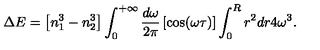
\Delta E = \left[ n _ { 1 } ^ { 3 } - n _ { 2 } ^ { 3 } \right] \int _ { 0 } ^ { + \infty } { \frac { d \omega } { 2 \pi } } \left[ \cos ( \omega \tau ) \right] \int _ { 0 } ^ { R } r ^ { 2 } d r 4 \omega ^ { 3 } .